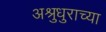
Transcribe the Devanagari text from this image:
अश्रुधुराच्या